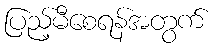
ပြည့်မီစေရန်အတွက်